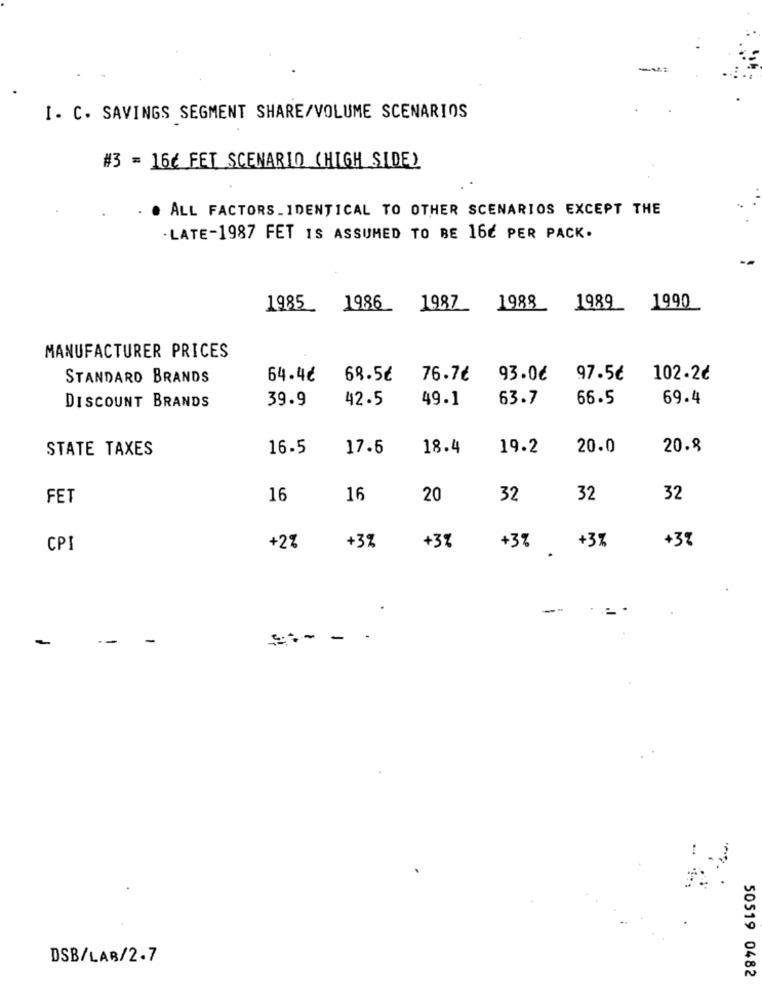
I. C. SAVINGS SEGMENT SHARE/VOLUME SCENARIOS
#3 = 16€ FET SCENARIO (HIGH SIDE)
. ALL FACTORS_IDENTICAL TO OTHER SCENARIOS EXCEPT THE
LATE-1987 FET IS ASSUMED TO BE 16€ PER PACK.
1985
1986
1987
1988
1989
1990
MANUFACTURER PRICES
STANDARD BRANDS
64.4€
68.5₺
76.7¢
93.0€
97.5€
102.2¢
39.9
42.5
49.1
63.7
66.5
69.4
DISCOUNT BRANDS
STATE TAXES
16.5
17.5
18.4
19.2
20.0
20.8
FET
16
16
20
32
32
32
+3%
CPI
+2%
+3%
+3%
+3% +3%
-
==- -
DSB/LAB/2.7
50519 0482